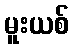
မူးယစ်